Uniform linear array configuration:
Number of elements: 12
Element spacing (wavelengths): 0.25
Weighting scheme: hann
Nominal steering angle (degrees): -45
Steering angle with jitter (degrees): -43.134
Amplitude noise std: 0.05
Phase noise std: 0.05

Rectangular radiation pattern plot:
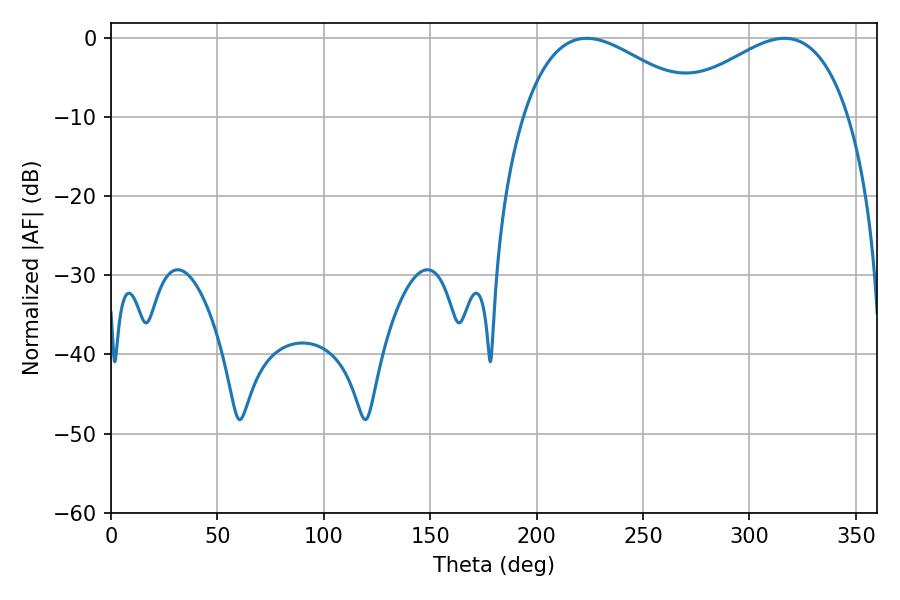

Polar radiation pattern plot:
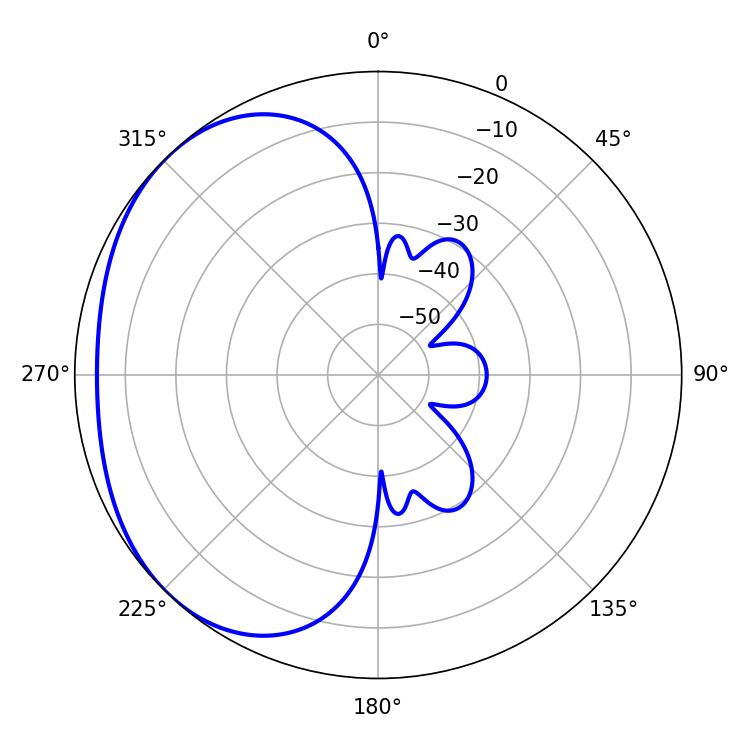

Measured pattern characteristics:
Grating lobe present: FALSE
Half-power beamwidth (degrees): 45.9
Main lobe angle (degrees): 223.56